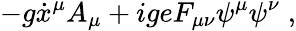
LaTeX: -g\dot{x}^{\mu}A_{\mu}+igeF_{\mu\nu}\psi^{\mu}\psi^{\nu}\; ,